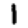
Digit: 1